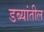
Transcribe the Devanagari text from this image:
डब्यांतील